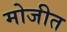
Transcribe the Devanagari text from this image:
मोजीत